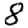
Digit: 8